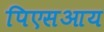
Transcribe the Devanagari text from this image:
पिएसआय